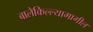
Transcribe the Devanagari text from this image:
बालेकिल्ल्यामागील